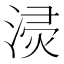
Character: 𱧪